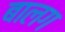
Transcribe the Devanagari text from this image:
बालग